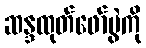
ဆန္ဒထုတ်ဖော်ပွဲကို